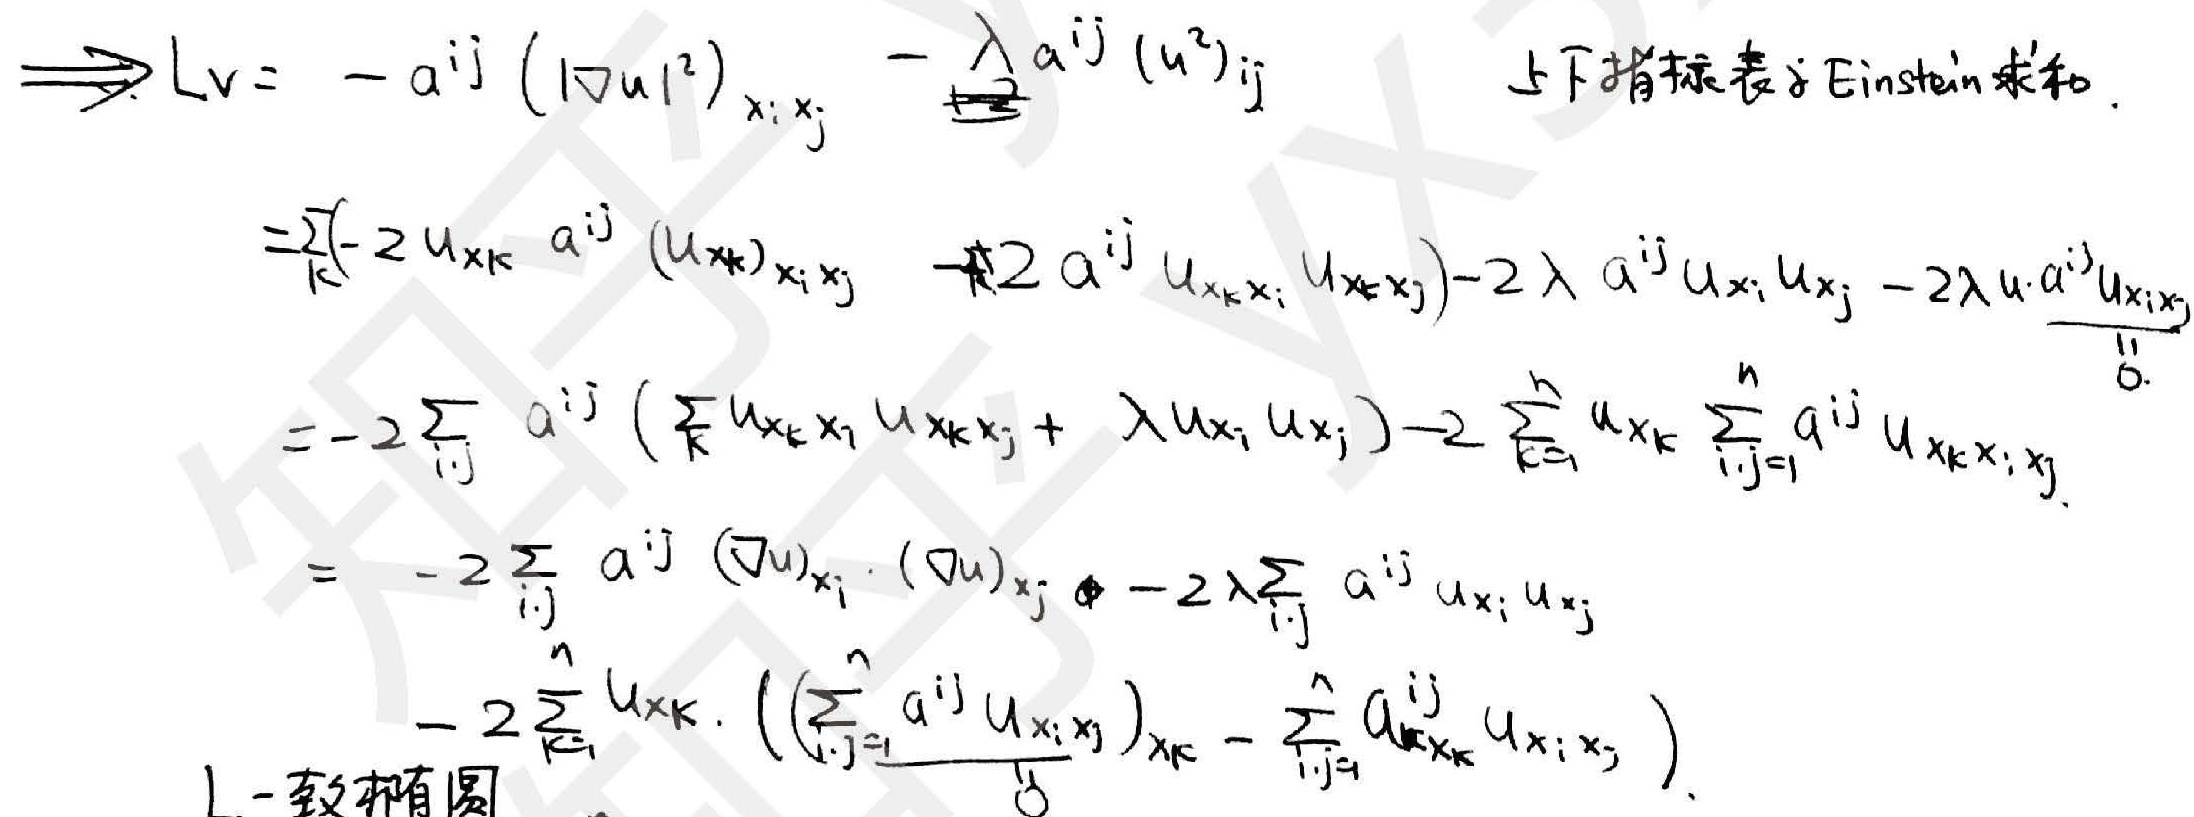
\[
\begin{align*}
\Longrightarrow Lv&=-a^{ij}(\vert\nabla u\vert^2)_{x_ix_j}-\frac{\lambda}{2}a^{ij}(u^2)_{ij}\\
&=\sum_{k}(- 2u_{x_k}a^{ij}(u_{x_k})_{x_ix_j}- 2a^{ij}u_{x_kx_i}u_{x_kx_j})-2\lambda a^{ij}u_{x_i}u_{x_j}-2\lambda u\cdot a^{ij}u_{x_ix_j}\\
&=-2\sum_{i,j}a^{ij}(\sum_{k}u_{x_kx_i}u_{x_kx_j}+\lambda u_{x_i}u_{x_j})-2\sum_{k = 1}^{n}u_{x_k}\sum_{i,j = 1}^{n}a^{ij}u_{x_kx_ix_j}\\
&=-2\sum_{i,j}a^{ij}(\nabla u)_{x_i}\cdot(\nabla u)_{x_j}-2\lambda\sum_{i,j}a^{ij}u_{x_i}u_{x_j}\\
&-2\sum_{k = 1}^{n}u_{x_k}\cdot((\sum_{i,j = 1}^{n}a^{ij}u_{x_ix_j})_{x_k}-\sum_{i,j = 1}^{n}a_{x_k}^{ij}u_{x_ix_j})
\end{align*}
\]